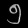
Digit: ၅